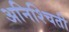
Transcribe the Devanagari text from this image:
अनिश्चिती